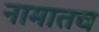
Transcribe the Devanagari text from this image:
नामातच